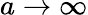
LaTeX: a\rightarrow\infty